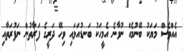
އެއްވެސް މަޔަކު ބޭނުމެއް ނުވާނެ އެމީހަކު ބަނޑުއަޅައި ވިހޭ ދަރީގެ ފަރާތުން ނަފުރަތާއި